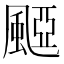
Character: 𩗽